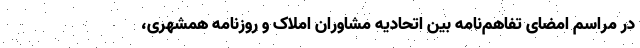
در مراسم امضای تفاهم‌نامه بین اتحادیه مشاوران املاک و روزنامه همشهری،